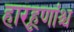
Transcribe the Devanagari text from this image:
हारहूणांश्च